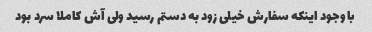
با وجود اینکه سفارش خیلی زود به دستم رسید ولی آش کاملا سرد بود